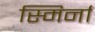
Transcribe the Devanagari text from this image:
स्मिर्ना